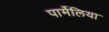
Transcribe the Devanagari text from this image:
पार्मेलिया